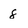
Character: 8